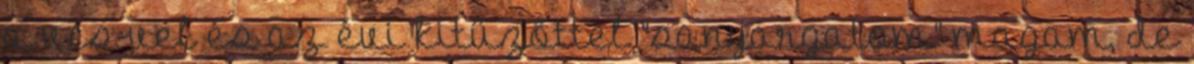
a vcs-vel és az évi kitűzöttel "sanyargatom" magam, de